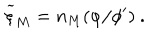
{ \widetilde \xi } _ { M } = n _ { M } ( \varphi / \phi ^ { \prime } ) ~ .